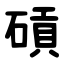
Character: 碽